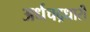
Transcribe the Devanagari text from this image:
अर्धचद्रधारी